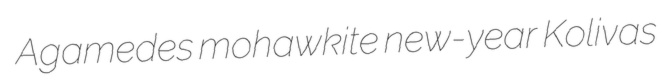
Agamedes mohawkite new-year Kolivas